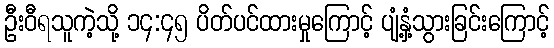
ဦးဝီရသူကဲ့သို့ ၁၄:၄၅ ပိတ်ပင်ထားမှုကြောင့် ပျံ့နှံ့သွားခြင်းကြောင့်